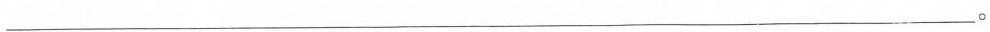
___。